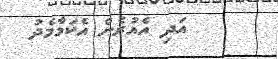
އަދި އެއުރެން އެކަމާމެދު